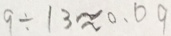
9 \div 1 3 \approx 0 . 0 9